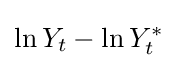
\ln {Y_{t}}-\ln {Y_{t}^{*}}